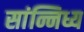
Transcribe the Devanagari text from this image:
सांन्निध्य